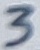
Text: 3